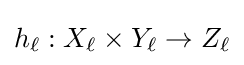
h_{\ell }:X_{\ell }\times Y_{\ell }\to Z_{\ell }